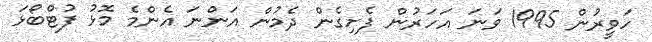
ހަވީރުން 1995 ވަނަ އަހަރުން ފެށިގެން ދެމުން އަންނަ އެންމެ މޮޅު ފުޓްބޯޅަ